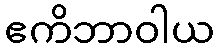
ဧကိဘာဝါယ